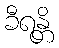
ခီရန္တိ